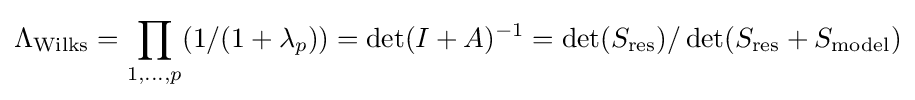
\Lambda _{\text{Wilks}}=\prod _{1,\ldots ,p}(1/(1+\lambda _{p}))=\det(I+A)^{-1}=\det(S_{\text{res}})/\det(S_{\text{res}}+S_{\text{model}})